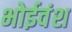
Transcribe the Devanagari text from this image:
भोईवंश